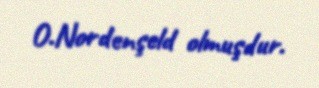
O.Nordenşeld olmuşdur.